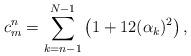
LaTeX: \begin{align*}c^n_m = \sum_{k=n-1}^{N-1} \big (1+12(\alpha_k)^2\big )\,,\end{align*}